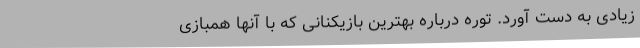
زیادی به دست آورد. توره درباره بهترین بازیکنانی که با آنها همبازی